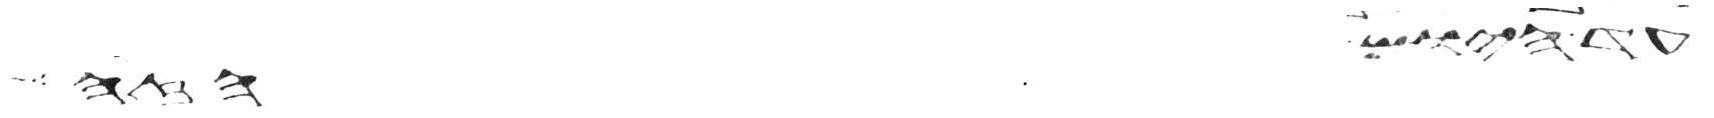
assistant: עד היום הזה